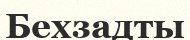
Бехзадты